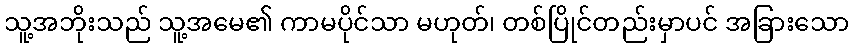
သူ့အဘိုးသည် သူ့အမေ၏ ကာမပိုင်သာ မဟုတ်၊ တစ်ပြိုင်တည်းမှာပင် အခြားသော